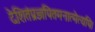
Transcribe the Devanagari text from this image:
देशितंप्रज्ञपितमनात्मेत्यपि।